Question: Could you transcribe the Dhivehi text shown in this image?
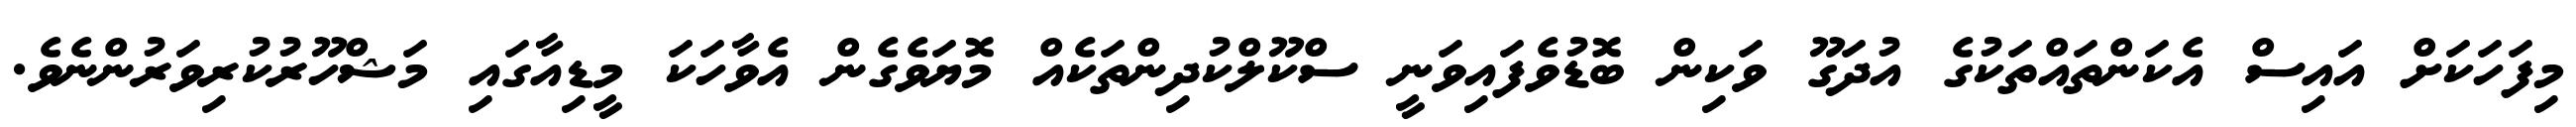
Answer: މިފަހަކަށް އައިސް އެކަންތައްތަކުގެ އުދަގޫ ވަކިން ބޮޑުވެފައިވަނީ ސްކޫލްކުދިންތަކެއް މޮޔަވެގެން އެވާހަކަ މީޑިއާގައި މަޝްހޫރުކުރިވަރުންނެވެ.